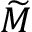
\widetilde { M }